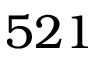
5 2 1